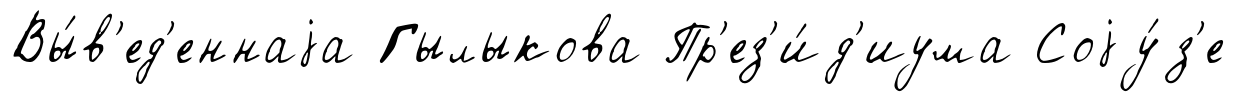
Вы́в'ед'еннаjа Гылыкова Пр'ез'и́д'иума Соjу́з'е